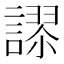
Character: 𮘸